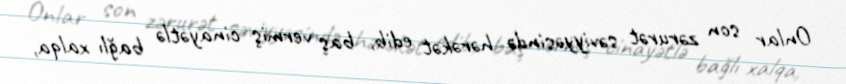
Onlar son zərurət səviyyəsində hərəkət edib, baş vermiş cinayətlə bağlı xalqa,